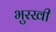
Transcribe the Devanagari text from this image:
भुरखी